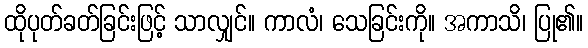
ထိုပုတ်ခတ်ခြင်းဖြင့် သာလျှင်။ ကာလံ၊ သေခြင်းကို။ အကာသိ၊ ပြု၏။